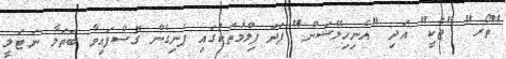
"ތޯރ" "ޖެކީ" އަދި "އެނިހިލޭޝަން" ފަދަ ފިލްމުތަކުގައި ފެނިގެން ގޮސްފައިވާ ބަތަލާ ނަޓަލީ